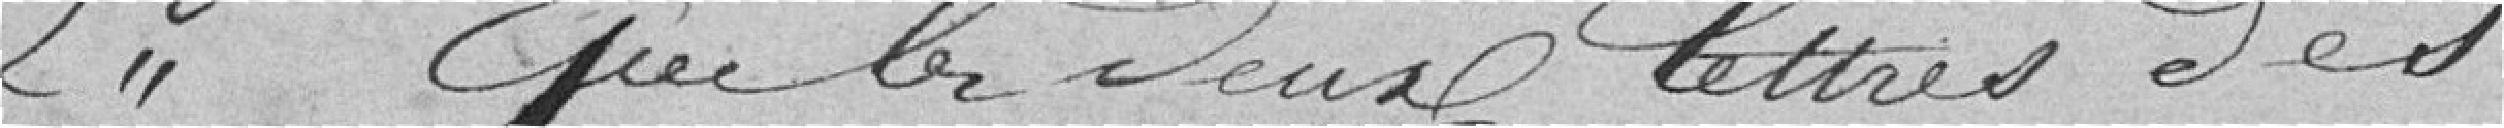
deuxièmement, que les deux lettres des